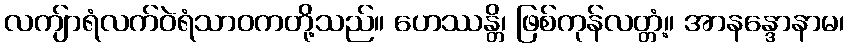
လကျ်ာရံလက်ဝဲရံသာဝကတို့သည်။ ဟေဿန္တိ၊ ဖြစ်ကုန်လတ္တံ့။ အာနန္ဒောနာမ၊